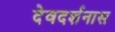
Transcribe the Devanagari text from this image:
देवदर्शनास